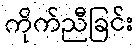
ကိုက်ညီခြင်း